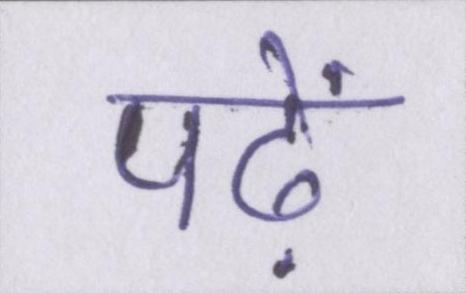
पढ़ें